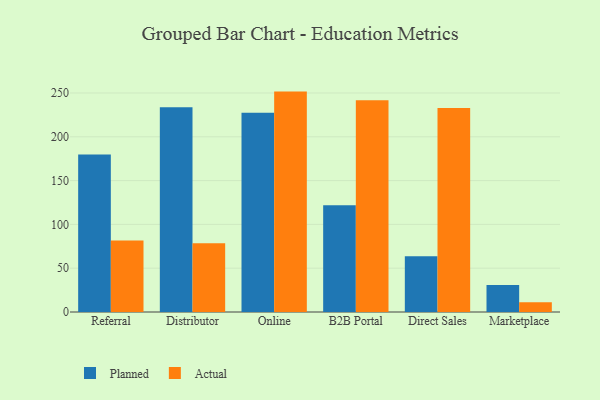
{"axis": {"x": "Channel", "y": "Energy Usage (MWh)"}, "legend": ["Actual", "Planned"], "data": [{"x": "Referral", "y": 179.9, "type": "Planned"}, {"x": "Referral", "y": 81.5, "type": "Actual"}, {"x": "Distributor", "y": 233.6, "type": "Planned"}, {"x": "Distributor", "y": 78.6, "type": "Actual"}, {"x": "Online", "y": 227.4, "type": "Planned"}, {"x": "Online", "y": 251.6, "type": "Actual"}, {"x": "B2B Portal", "y": 121.9, "type": "Planned"}, {"x": "B2B Portal", "y": 241.8, "type": "Actual"}, {"x": "Direct Sales", "y": 63.5, "type": "Planned"}, {"x": "Direct Sales", "y": 232.8, "type": "Actual"}, {"x": "Marketplace", "y": 30.8, "type": "Planned"}, {"x": "Marketplace", "y": 11.2, "type": "Actual"}]}